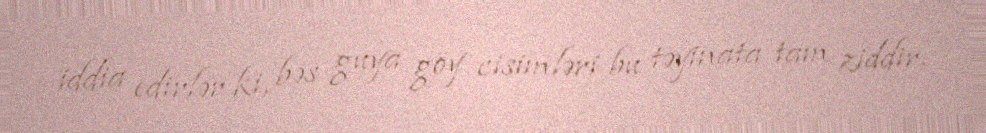
iddia edirlər ki, bəs guya göy cisimləri bu təyinata tam ziddir.